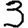
Digit: 3